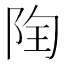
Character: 𨹋